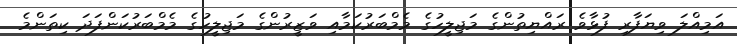
އަމިއްލަ ވިޔަފާރި ފުޅާވެ ރައްޔިތުންގެ މަޖިލީހުގެ މެމްބަރުކަމާއި ވަޒީރުންގެ މަޖިލީހުގެ މެމްބަރުކަންފަދަ ކިތަންމެ